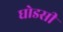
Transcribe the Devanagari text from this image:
घोडसी